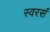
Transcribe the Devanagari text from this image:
स्वरसं